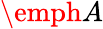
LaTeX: \emph{A}